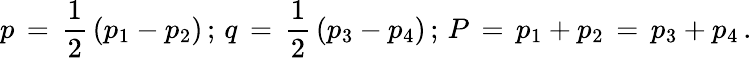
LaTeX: p\, =\, \frac{1}{2}\, (p_{1}-p_{2})\, ;\, q\, =\, \frac{1}{2}\, (p_{3}-p_{4})\, ;\, P\, =\, p_{1}+p_{2}\, =\, p_{3}+p_{4}\, .